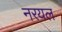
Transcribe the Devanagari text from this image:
नरयल